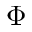
\Phi